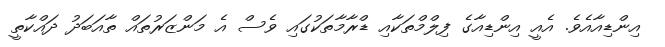
އިންޑިއާއެވެ. އެއީ އިންޑިއާގެ ފިލްމްތަކާއި ޑްރާމާތަކުގައި ވެސް އެ މަންޒަރުތައް ތާއަބަދު ދައްކާތީ